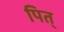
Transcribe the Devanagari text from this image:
पित्‌